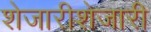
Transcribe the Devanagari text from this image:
शेजारीशेजारी